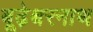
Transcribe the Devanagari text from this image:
बूढ़ेश्वरनाथ